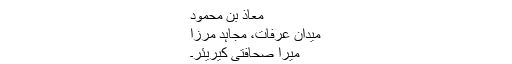
معاذ بن محمود
میدان عرفات، مجاہد مرزا
میرا صحافتی کیریئر۔